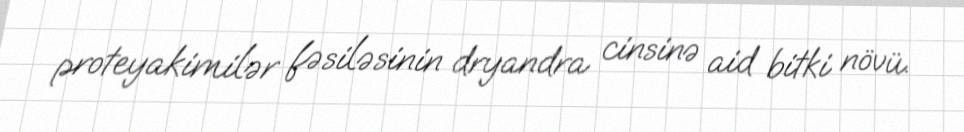
proteyakimilər fəsiləsinin dryandra cinsinə aid bitki növü.